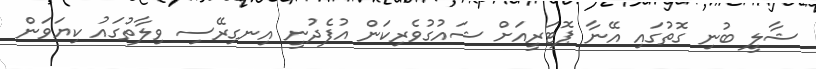
ޝާލީ ބުނި ގޮތުގައި އޭނާ ޕޮޓަރީއަށް ޝައުގުވެރިކަން އުފެދުނީ އިނގިރޭސި ވިލާތުގައު ކިޔަވަން